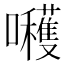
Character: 𭌶